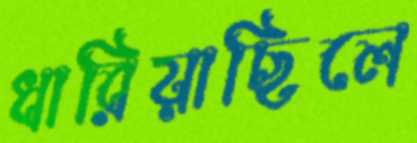
ধারিয়াছিলে